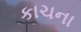
કાચના